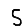
Digit: 5